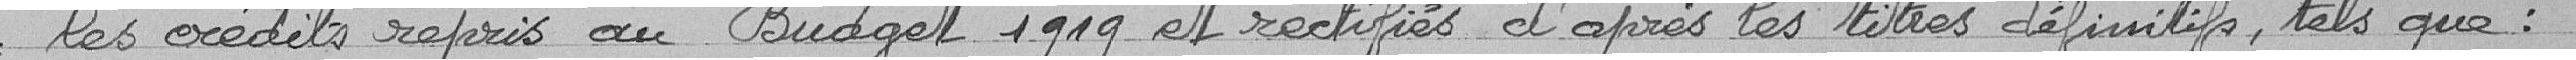
les crédits repris au Budget 1919 et rectifiés d'après les titres définitifs, tels que :